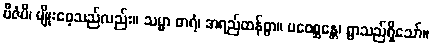
ဗီဇံပိ၊ မျိုးစေ့သည်လည်း။ သမ္မာ ဓာရံ၊ အရည်ထန်စွာ။ ပဝေစ္ဆန္တေ၊ ရွာသည်ရှိသော်။